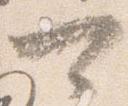
可